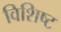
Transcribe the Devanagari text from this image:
विशिष्ट